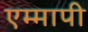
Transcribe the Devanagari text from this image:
एम्मापी